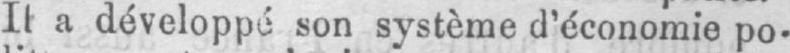
Il a développé son système d’économie po-